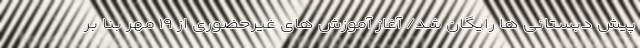
پیش دبستانی ها رایگان شد/ آغاز آموزش های غیرحضوری از ۱۹ مهر بنا بر